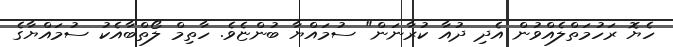
ހެޔޮ ރަހުމަތްލެއްވުން އެދި ދުއާ ކުރާނަން" ސުމައްޔާ ބުންޏެވެ. ހާތިމް ލޯތްބާއެކު ސުމައްޔާގެ